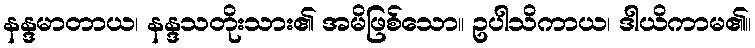
နန္ဒမာတာယ၊ နန္ဒသတိုးသား၏ အမိဖြစ်သော။ ဥပါသိကာယ၊ ဒါယိကာမ၏။